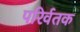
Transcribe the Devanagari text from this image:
परिर्वतक